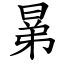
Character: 晜